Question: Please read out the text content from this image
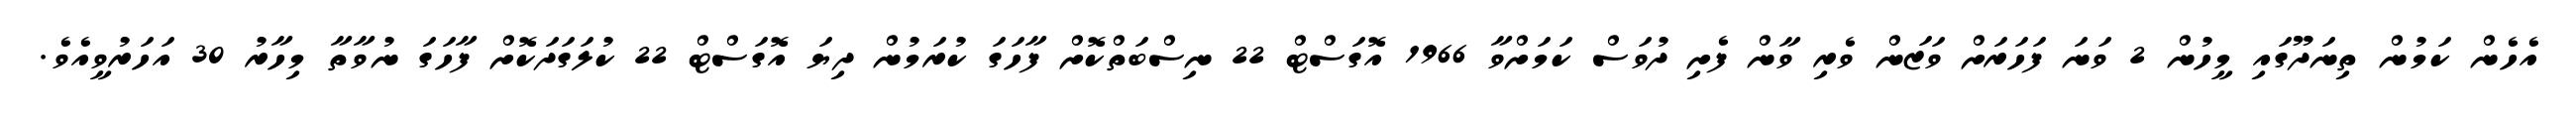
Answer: އެހެން ކަމުން ތިނަދޫގައި މީހުން 2 ވަނަ ފަހަރަށް ވަޒަން ވެރި ވާން ފެށި ދުވަސް ކަމަށްވާ 1966 އޮގަސްޓް 22 ނިސްބަތްކޮށް ފާހަގަ ކުރަމުން ދިޔަ އޮގަސްޓް 22 ކުލަގަދަކޮށް ފާހަގަ ނުވާތާ މިހާރު 30 އަހަރުވީއެވެ.